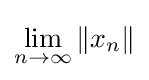
\lim _{n\to \infty }\left\|x_{n}\right\|